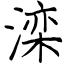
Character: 滦